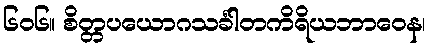
၆၀၆။ စိတ္တပယောဂသင်္ခါတကိရိယဘာဝေန၊